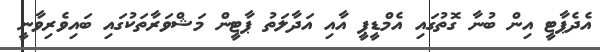
އެދެޕާޓީ އިން ބުނާ ގޮތުގައި އެމްޑީޕީ އާއި އަދާލަތު ޕާޓީން މަޝްވަރާތަކުގައި ބައިވެރިވާނީ